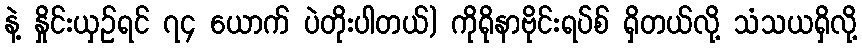
နဲ့ နှိုင်းယှဉ်ရင် ၇၄ ယောက် ပဲတိုးပါတယ်) ကိုရိုနာဗိုင်းရပ်စ် ရှိတယ်လို့ သံသယရှိလို့